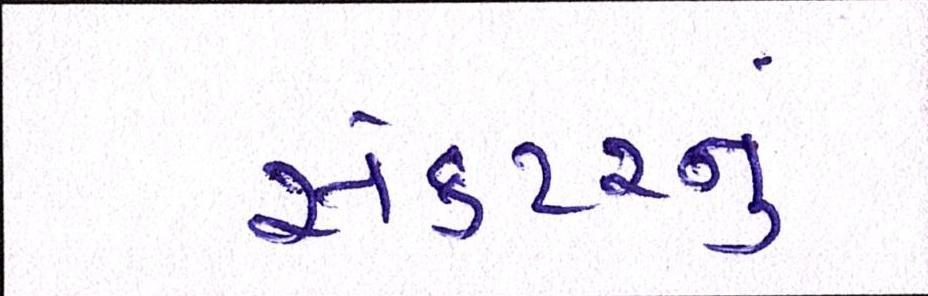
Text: સેક્ટરનું